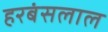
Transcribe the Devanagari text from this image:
हरबंसलाल